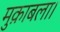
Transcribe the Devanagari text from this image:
मुक़ाबला।